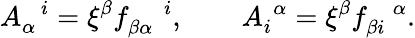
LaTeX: A_{\alpha}^{\, \, \, \, i}=\xi^{\beta}f_{\beta\alpha}^{\, \, \, \, \, \, \, i},\, \, \, \, \, \, \, \, \, \, \, \, A_{i}^{\, \, \alpha}=\xi^{\beta}f_{\beta i}^{\, \, \, \, \, \alpha}.